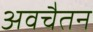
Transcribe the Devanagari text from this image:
अवचैतन